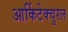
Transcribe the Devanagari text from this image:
आर्किटेक्चुरल